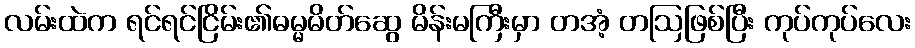
လမ်းထဲက ရင်ရင်ငြိမ်း၏ဓမ္မမိတ်ဆွေ မိန်းမကြီးမှာ တအံ့ တဩဖြစ်ပြီး ကုပ်ကုပ်လေး